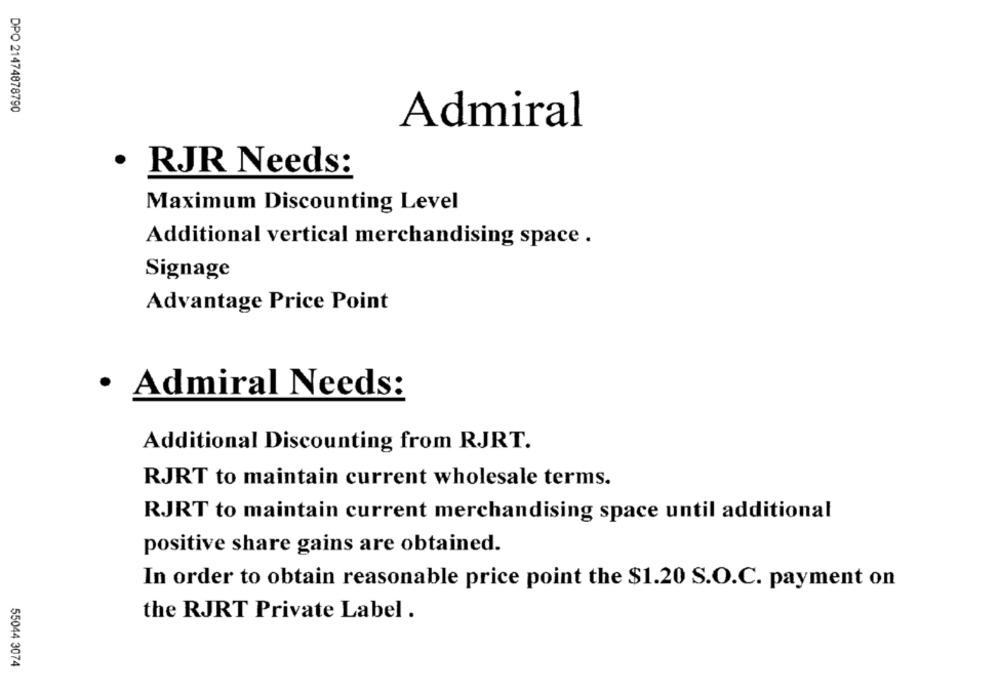
DPO 21474878790
Admiral
· RJR Needs:
Maximum Discounting Level
Additional vertical merchandising space .
Signage
Advantage Price Point
· Admiral Needs:
Additional Discounting from RJRT.
RJRT to maintain current wholesale terms.
RJRT to maintain current merchandising space until additional
positive share gains are obtained.
In order to obtain reasonable price point the $1.20 S.O.C. payment on
the RJRT Private Label .
55044 3074